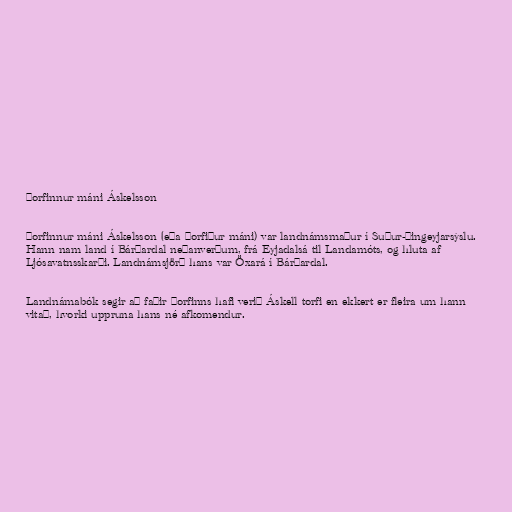
Þorfinnur máni Áskelsson

Þorfinnur máni Áskelsson (eða Þorfiður máni) var landnámsmaður í Suður-Þingeyjarsýslu.
Hann nam land í Bárðardal neðanverðum, frá Eyjadalsá til Landamóts, og hluta af
Ljósavatnsskarði. Landnámsjörð hans var Öxará í Bárðardal.

Landnámabók segir að faðir Þorfinns hafi verið Áskell torfi en ekkert er fleira um hann
vitað, hvorki uppruna hans né afkomendur.